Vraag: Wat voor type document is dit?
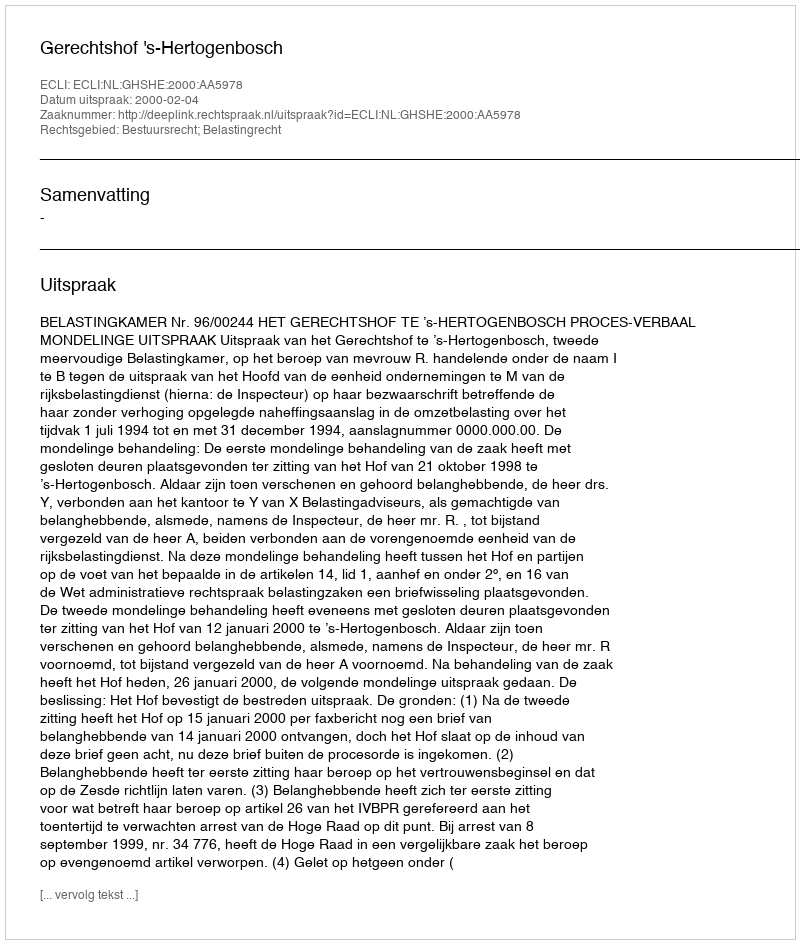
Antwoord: Uitspraak